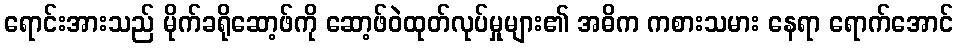
ရောင်းအားသည် မိုက်ခရိုဆော့ဖ်ကို ဆော့ဖ်ဝဲထုတ်လုပ်မှုများ၏ အဓိက ကစားသမား နေရာ ရောက်အောင်